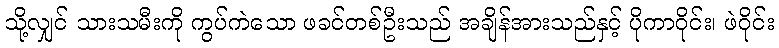
သို့လျှင် သားသမီးကို ကွပ်ကဲသော ဖခင်တစ်ဦးသည် အချိန်အားသည်နှင့် ပိုကာဝိုင်း၊ ဖဲဝိုင်း